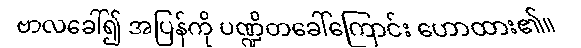
ဗာလခေါ်၍ အပြန်ကို ပဏ္ဍိတခေါ်ကြောင်း ဟောထား၏။